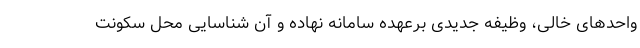
واحدهای خالی، وظیفه جدیدی برعهده سامانه نهاده و آن شناسایی محل سکونت